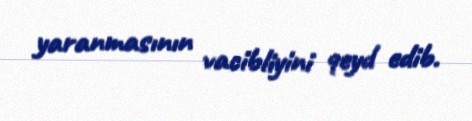
yaranmasının vacibliyini qeyd edib.